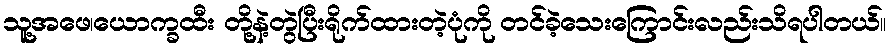
သူ့အဖေ၊ယောက္ခထီး တို့နဲ့တွဲပြီးရိုက်ထားတဲ့ပုံကို တင်ခဲ့သေးကြောင်းလည်းသိရပါတယ်။